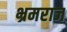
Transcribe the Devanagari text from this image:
भ्रमराज